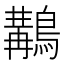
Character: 𪃺